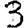
Digit: 3